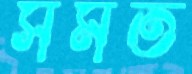
সমত